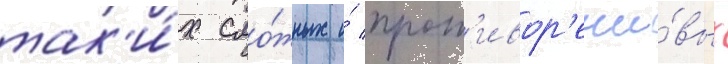
так'и́х сло́жных и́ прот'ивор'ечи́вых